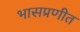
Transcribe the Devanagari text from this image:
भासप्रणीत